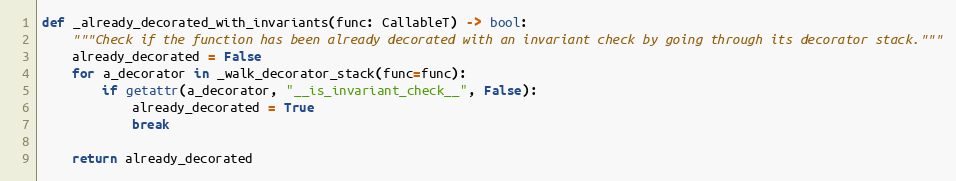
Language: Python
def _already_decorated_with_invariants(func: CallableT) -> bool:
    """Check if the function has been already decorated with an invariant check by going through its decorator stack."""
    already_decorated = False
    for a_decorator in _walk_decorator_stack(func=func):
        if getattr(a_decorator, "__is_invariant_check__", False):
            already_decorated = True
            break

    return already_decorated